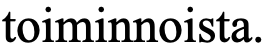
toiminnoista.